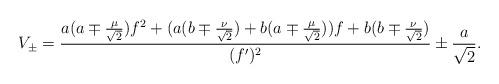
LaTeX: \begin{align*}V_{\pm}=\frac{a(a\mp \frac{\mu}{\sqrt{2}})f^2+(a(b\mp \frac{\nu}{\sqrt{2}})+b(a\mp \frac{\mu}{\sqrt{2}}))f+b(b\mp\frac{\nu}{\sqrt{2}})}{ (f^{\prime})^2}\pm \frac{a}{\sqrt{2}}.\end{align*}